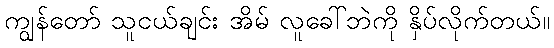
ကျွန်တော် သူငယ်ချင်း အိမ် လူခေါ်ဘဲကို နှိပ်လိုက်တယ်။